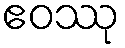
ဧဝဿု